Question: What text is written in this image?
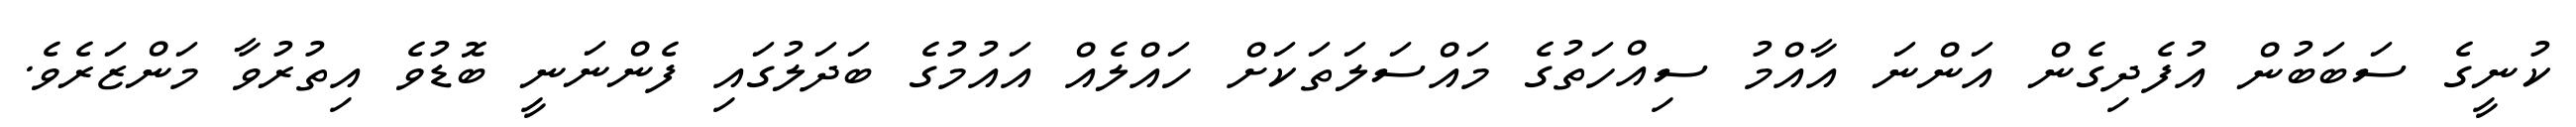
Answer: ކުނީގެ ސަބަބުން އުފެދިގެން އަންނަ އާއްމު ސިއްހަތުގެ މައްސަލަތަކަށް ހައްލެއް އައުމުގެ ބަދަލުގައި ފެންނަނީ ބޮޑުވެ އިތުރުވާ މަންޒަރެވެ.